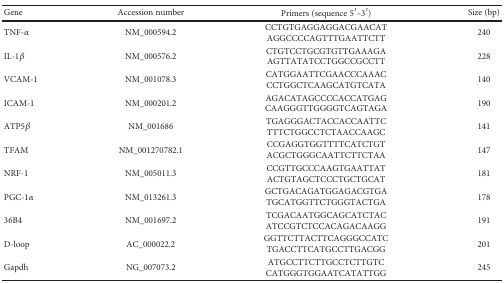
<table><thead><tr><td><b>Gene</b></td><td><b>Accession number</b></td><td><b>Primers (sequence 5′–3′)</b></td><td><b>Size (bp)</b></td></tr></thead><tbody><tr><td>TNF-<i>α</i></td><td>NM_000594.2</td><td>CCTGTGAGGAGGACGAACATAGGCCCCAGTTTGAATTCTT</td><td>240</td></tr><tr><td>IL-1<i>β</i></td><td>NM_000576.2</td><td>CTGTCCTGCGTGTTGAAAGAAGTTATATCCTGGCCGCCTT</td><td>228</td></tr><tr><td>VCAM-1</td><td>NM_001078.3</td><td>CATGGAATTCGAACCCAAACCCTGGCTCAAGCATGTCATA</td><td>140</td></tr><tr><td>ICAM-1</td><td>NM_000201.2</td><td>AGACATAGCCCCACCATGAGCAAGGGTTGGGGTCAGTAGA</td><td>190</td></tr><tr><td>ATP5<i>β</i></td><td>NM_001686</td><td>TGAGGGACTACCACCAATTCTTTCTGGCCTCTAACCAAGC</td><td>141</td></tr><tr><td>TFAM</td><td>NM_001270782.1</td><td>CCGAGGTGGTTTTCATCTGTACGCTGGGCAATTCTTCTAA</td><td>147</td></tr><tr><td>NRF-1</td><td>NM_005011.3</td><td>CCGTTGCCCAAGTGAATTATACTGTAGCTCCCTGCTGCAT</td><td>181</td></tr><tr><td>PGC-1<i>α</i></td><td>NM_013261.3</td><td>GCTGACAGATGGAGACGTGATGCATGGTTCTGGGTACTGA</td><td>178</td></tr><tr><td>36B4</td><td>NM_001697.2</td><td>TCGACAATGGCAGCATCTACATCCGTCTCCACAGACAAGG</td><td>191</td></tr><tr><td>D-loop</td><td>AC_000022.2</td><td>GGTTCTTACTTCAGGGCCATCTGACCTTCATGCCTTGACGG</td><td>201</td></tr><tr><td>Gapdh</td><td>NG_007073.2</td><td>ATGCCTTCTTGCCTCTTGTCCATGGGTGGAATCATATTGG</td><td>245</td></tr></tbody></table>